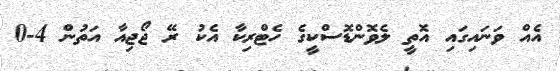
އެއް ވަނައިގައި އޮތީ ލެވޮންޑޮސްކީގެ ހެޓްރިކާ އެކު ރޭ ޖޯޖިއާ އަތުން 4-0